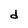
Character: d